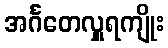
အင်္ဂတေလှူရကျိုး